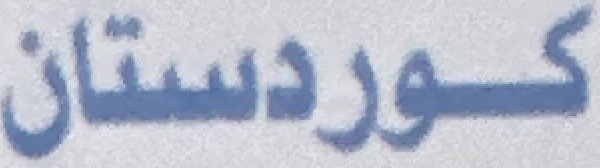
كوردستان